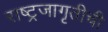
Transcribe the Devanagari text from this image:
राष्ट्रजागृतीची